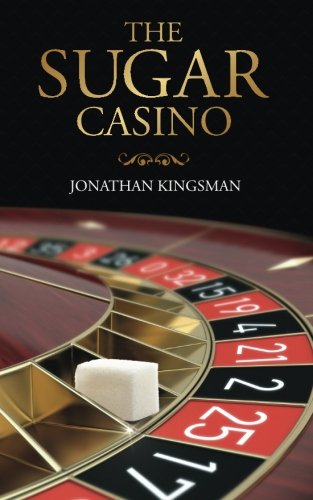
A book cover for The Sugar Casino; Mr Jonathan Charles Kingsman; Business & Money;